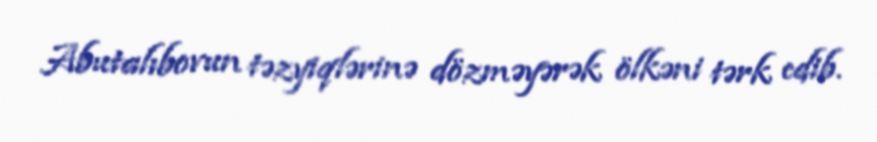
Abutalıbovun təzyiqlərinə dözməyərək ölkəni tərk edib.